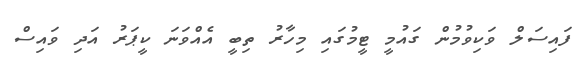
ފައިސަލް ވަކިވުމުން ގައުމީ ޓީމުގައި މިހާރު ތިބީ އެއްވަނަ ކީޕަރު އަދި ވައިސް